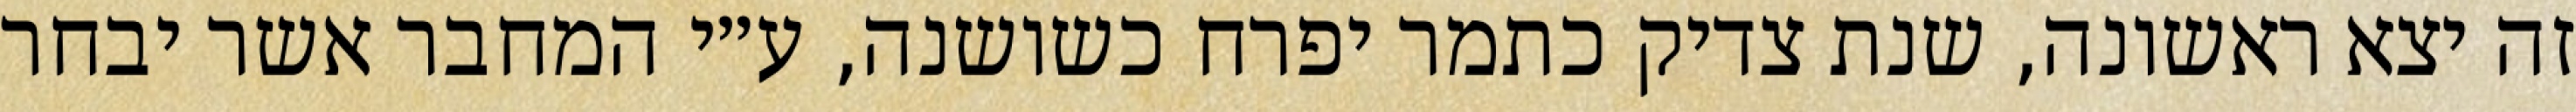
זה יצא ראשונה, שנת צדיק כתמר יפרח כשושנה, ע״י המחבר אשר יבחר